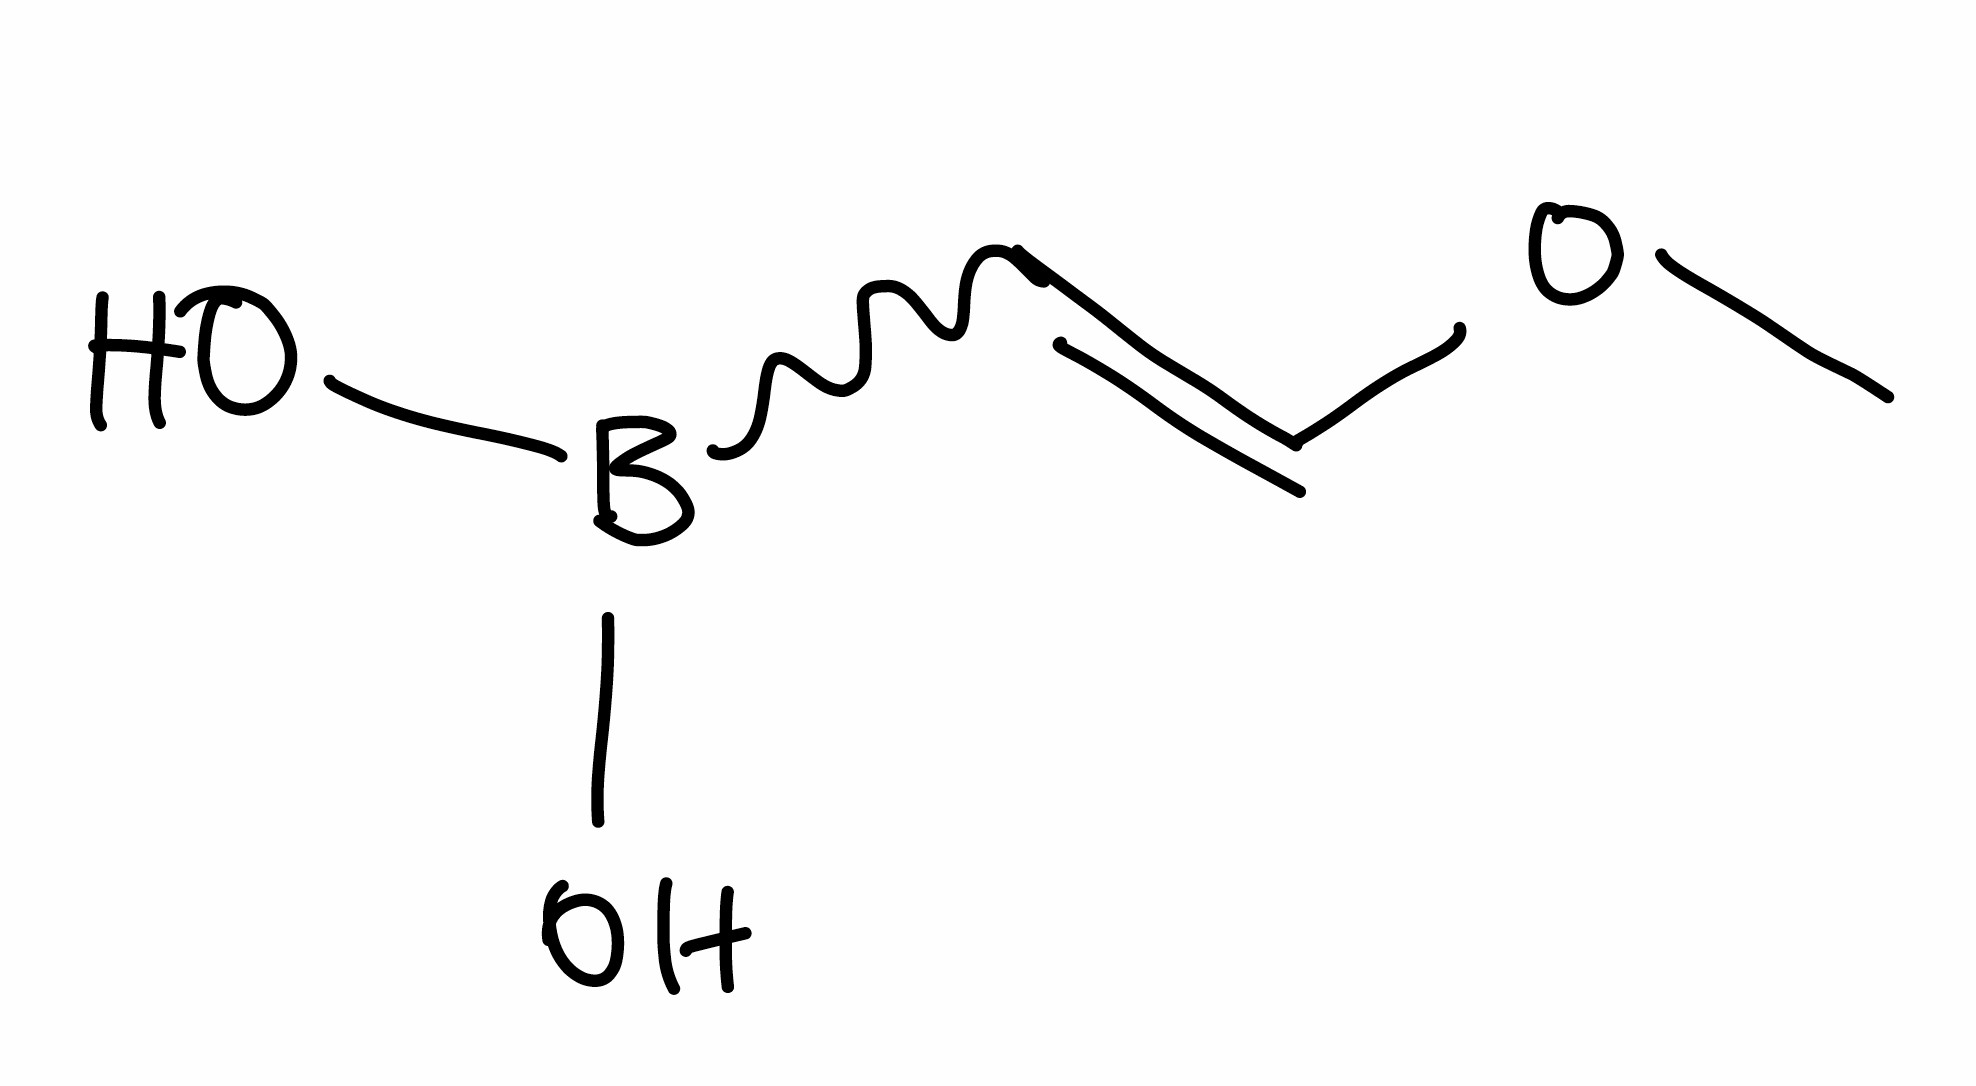
Simplified molecular-input line-entry system (SMILES) notation of the given molecule:
B(C=COC)(O)O